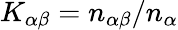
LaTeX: K_{\alpha\beta}=n_{\alpha\beta}/n_{\alpha}